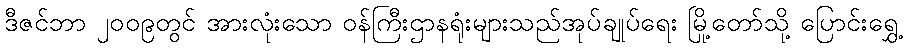
ဒီဇင်ဘာ ၂၀၀၉တွင် အားလုံးသော ဝန်ကြီးဌာနရုံးများသည်အုပ်ချုပ်ရေး မြို့တော်သို့ ပြောင်းရွှေ့